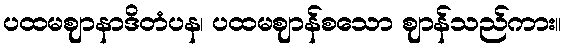
ပထမဈာနာဒိတံပန၊ ပထမဈာန်စသော ဈာန်သည်ကား။